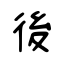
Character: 後